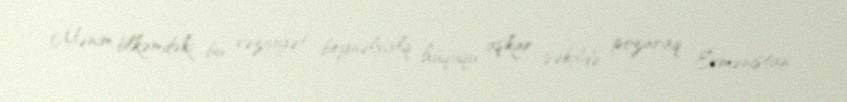
Mənim ölkəmdəki bu vəziyyət beynəlxalq hüququ aşkar şəkildə pozaraq Ermənistan